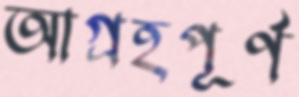
আগ্রহপূর্ণ